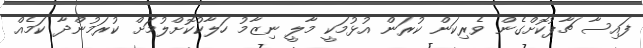
ފައިސާ ޗާޕުކޮށްގެން ވެރިކަން ކުރަން އުޅުމަކީ މާލީ ނިޒާމު ހަލާކުކޮށްލުމަށް ކުރަމުންދާ ކަމެއް